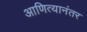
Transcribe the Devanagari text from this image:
आणित्यानंतर